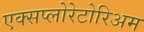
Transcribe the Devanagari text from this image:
एक्सप्लोरेटोरिअम